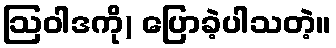
ဩဝါဒကို) ပြောခဲ့ပါသတဲ့။